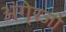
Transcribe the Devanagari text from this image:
अंगे्रजो